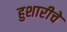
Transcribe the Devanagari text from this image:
हुशारीचे